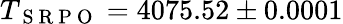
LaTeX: T_{\mathrm{~S~R~P~O~}}=4075.52\pm 0.0001